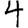
Digit: 4